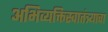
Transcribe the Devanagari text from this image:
अभिव्यक्तिस्वातंत्र्याचा